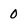
Character: 0